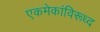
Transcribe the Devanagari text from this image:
एकमेकांविरूध्द